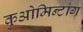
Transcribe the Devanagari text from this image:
कुओमिन्टांग